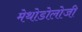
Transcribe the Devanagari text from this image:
मेथोडोलोजी